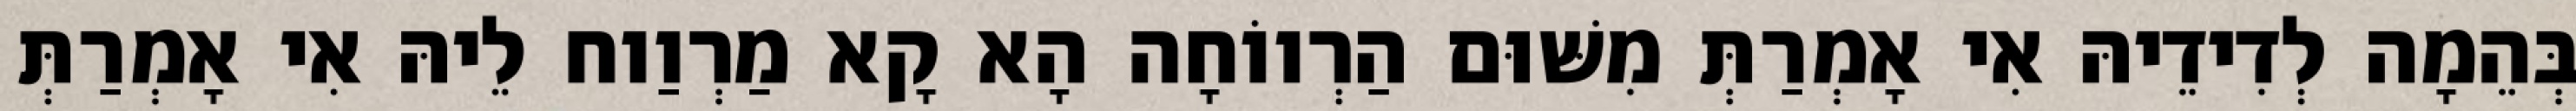
בְּהֵמָה לְדִידֵיהּ אִי אָמְרַתְּ מִשּׁוּם הַרְווֹחָה הָא קָא מַרְוַוח לֵיהּ אִי אָמְרַתְּ